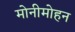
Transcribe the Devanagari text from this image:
मोनीमोहन